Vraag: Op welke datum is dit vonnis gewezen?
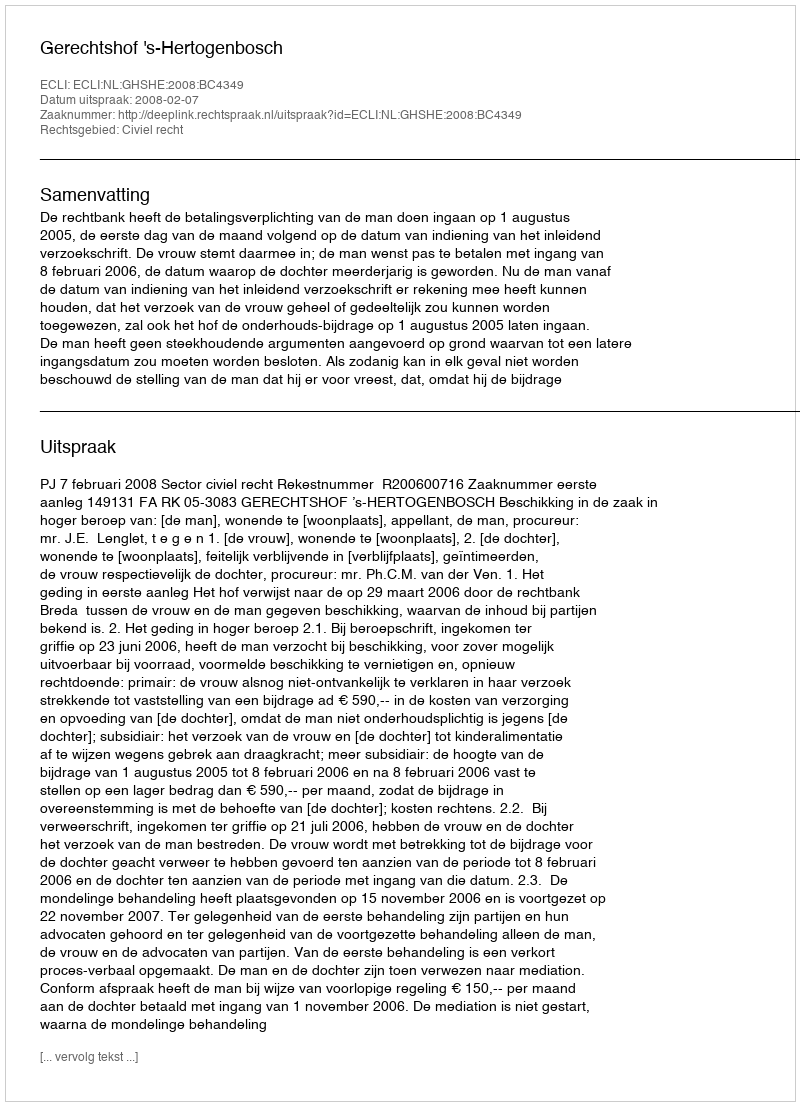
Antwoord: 2008-02-07